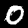
Digit: 0